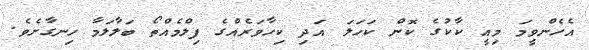
އެހެންވީމަ މިއީ ކާކުގެ ކޮން ކަހަލަ އަދި ކިހާވަރެއްގެ ފިލްމެއްތޯ ބަލާލަމާ ހިނގާށެވެ.